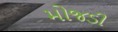
મોજડી